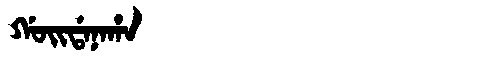
Manchu: ᡤᠣᡳᡩᠠᠨᠠᡥᠠ
Romanization: GOIDANAHA